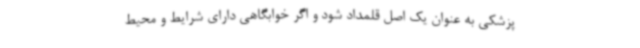
پزشکی به عنوان یک اصل قلمداد شود و اگر خوابگاهی دارای شرایط و محیط